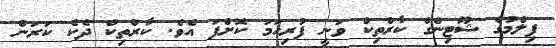
ފިލްމުގެ ޝޫޓިންގް ކާރްތިކް ވަނީ ފުރިހަމަ ކޮށްފަ އެވެ. ކާރްތިކް ދެކެ ކަރަން